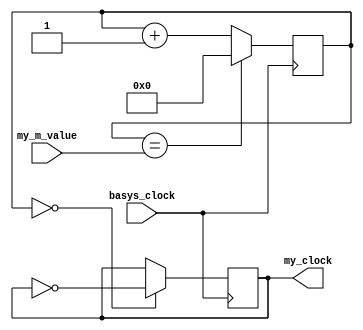
`timescale 1ns / 1ps

module my_20hz_clock(input basys_clock, input [31:0] my_m_value, output reg my_clock = 0);

reg [31:0] count = 4'b0000; //32-bit FPGA max allowed bits is 32
 
always @ (posedge basys_clock)

begin
    count <= (count == my_m_value) ? 0 : count + 1; // 10Hz clock
    my_clock <= (count==0)? ~my_clock: my_clock;
end

endmodule